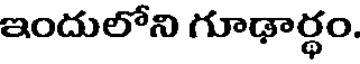
ఇందులోని గూఢార్థం.